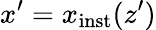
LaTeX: x^{\prime}=x_{\mathrm{inst}}(z^{\prime})